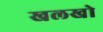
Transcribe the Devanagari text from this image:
खलखो